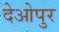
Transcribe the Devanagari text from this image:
देओपुर